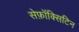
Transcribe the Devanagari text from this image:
सेफ़ॉक्सिटिन